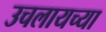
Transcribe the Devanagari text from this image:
उचलायच्या